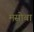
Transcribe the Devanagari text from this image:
मसोबा